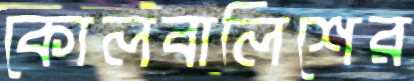
কোলবালিশের